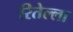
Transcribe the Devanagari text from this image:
रितेल्ला